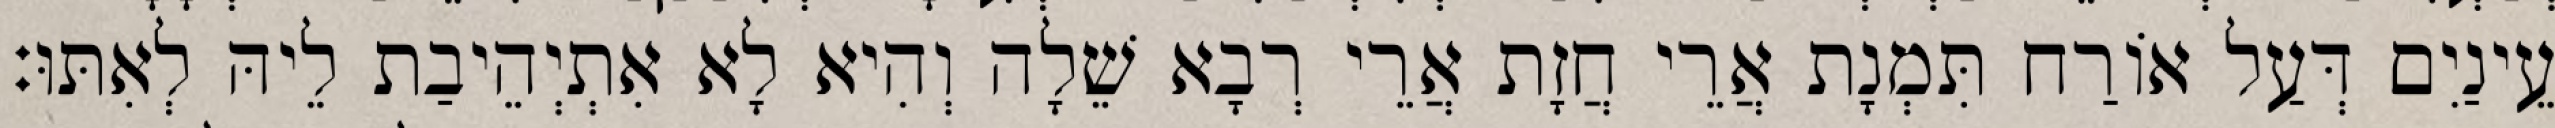
עֵינַיִם דְּעַל אוֹרַח תִּמְנָת אֲרֵי חֲזָת אֲרֵי רְבָא שֵׁלָה וְהִיא לָא אִתְיְהֵיבַת לֵיהּ לְאִתּוּ׃